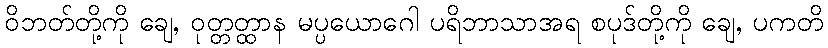
ဝိဘတ်တို့ကို ချေ, ဝုတ္တတ္ထာန မပ္ပယောဂေါ ပရိဘာသာအရ စပုဒ်တို့ကို ချေ, ပကတိ